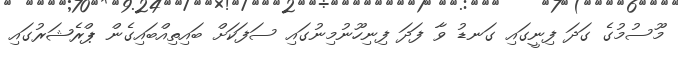
މޫސުމުގެ ގަދަ ފިނީގައި ގަނޑު ވާ ފަދަ ފިނިހޫނުމިނުގައި ސަފަކަށް ބައިތިއްބައިގެން ޕްރެޝަރުގައި